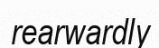
rearwardly